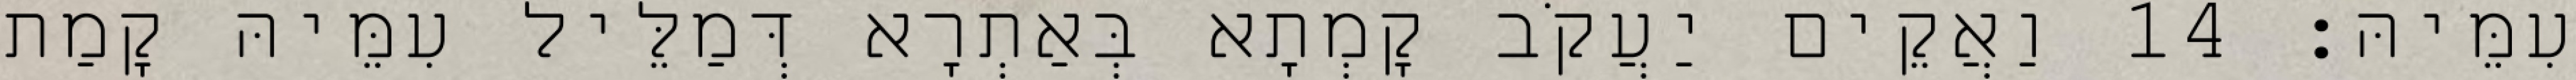
עִמֵּיהּ׃ 14 וַאֲקֵים יַעֲקֹב קָמְתָא בְּאַתְרָא דְּמַלֵּיל עִמֵּיהּ קָמַת